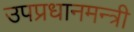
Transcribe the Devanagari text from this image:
उपप्रधानमन्त्री